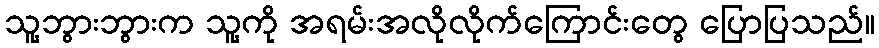
သူ့ဘွားဘွားက သူ့ကို အရမ်းအလိုလိုက်ကြောင်းတွေ ပြောပြသည်။